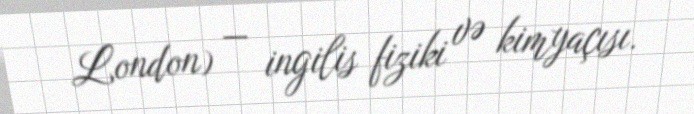
London) — ingilis fiziki və kimyaçısı.